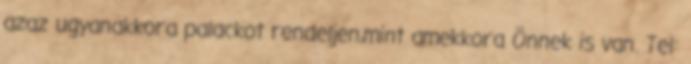
azaz ugyanakkora palackot rendeljen,mint amekkora Önnek is van. Tel: